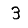
Digit: 3